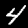
Digit: 4